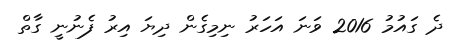
ދެ ގައުމު 2016 ވަނަ އަހަރު ނިމިގެން ދިޔަ އިރު ފެނުނީ ގާތް